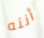
أنته